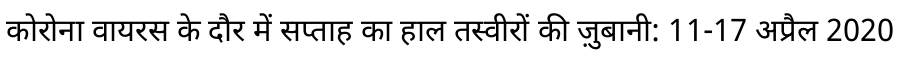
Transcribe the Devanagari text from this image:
कोरोना वायरस के दौर में सप्ताह का हाल तस्वीरों की ज़ुबानी: 11-17 अप्रैल 2020